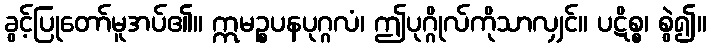
ခွင့်ပြုတော်မူအပ်၏။ ဣမဉ္စပနပုဂ္ဂလံ၊ ဤပုဂ္ဂိုလ်ကိုသာလျှင်။ ပဋိစ္စ၊ စွဲ၍။